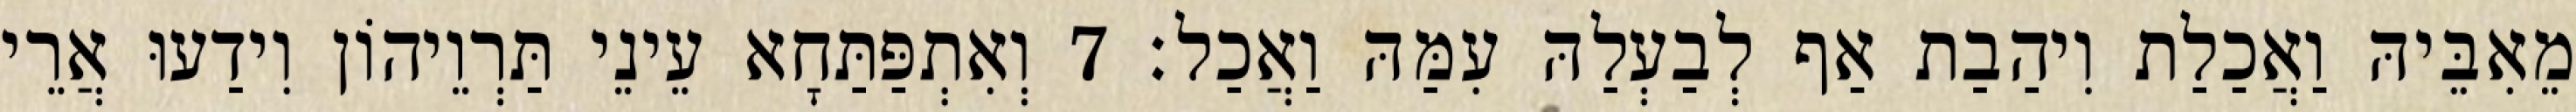
מֵאִבֵּיהּ וַאֲכַלַת וִיהַבַת אַף לְבַעְלַהּ עִמַּהּ וַאֲכַל׃ 7 וְאִתְפַּתַּחָא עֵינֵי תַּרְוֵיהוֹן וִידַעוּ אֲרֵי